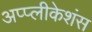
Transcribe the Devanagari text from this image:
अप्प्लीकेशंस